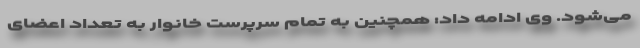
می‌شود. وی ادامه داد: همچنین به تمام سرپرست خانوار به تعداد اعضای